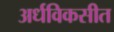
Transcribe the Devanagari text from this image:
अर्धविकसीत